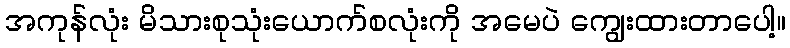
အကုန်လုံး မိသားစုသုံးယောက်စလုံးကို အမေပဲ ကျွေးထားတာပေါ့။